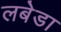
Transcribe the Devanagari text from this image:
लबेडा